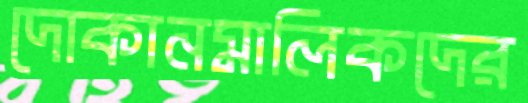
দোকানমালিকদের